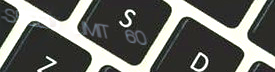
SPEED LIMIT 60